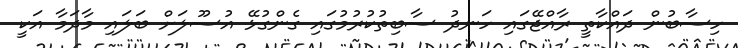
ހިސާބުން ދައްކާތީ ރާއްޖޭގައި ހަނދު ސާބިތުކުރުމުގައި ގެންގުޅޭ އުސޫލަށް ބަލައި މާދަމާ އަކީ